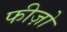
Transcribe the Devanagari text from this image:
फीज़ो